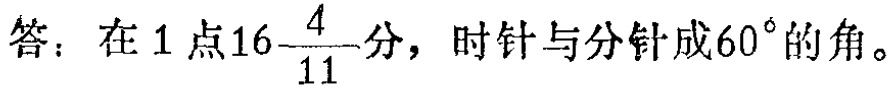
答：在\(1\)点\(16\frac{4}{11}\)分，时针与分针成\(60^{\circ}\)的角。